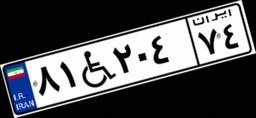
۸۱W۲۰۴۷۴